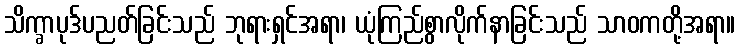
သိက္ခာပုဒ်ပညတ်ခြင်းသည် ဘုရားရှင်အရာ၊ ယုံကြည်စွာလိုက်နာခြင်းသည် သာဝကတို့အရာ။